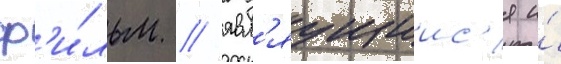
ф'и́льм / явл'яущиис'я и́